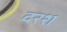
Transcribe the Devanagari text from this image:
दरश